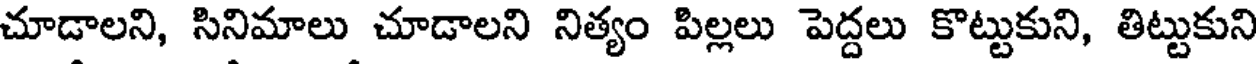
చూడాలని, సినిమాలు చూడాలని నిత్యం పిల్లలు పెద్దలు కొట్టుకుని, తిట్టుకుని